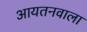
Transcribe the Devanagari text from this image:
आयतनवाला